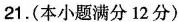
21.(本小题满分12分)